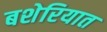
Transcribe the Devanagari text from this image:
बशेरियात